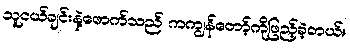
သူငယ်ချင်းနဲ့ဖောက်သည် ကကျွန်တော့်ကိုဖြည့်ခဲ့တယ်။